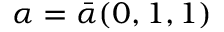
\alpha = \Bar { \alpha } ( 0 , 1 , 1 )